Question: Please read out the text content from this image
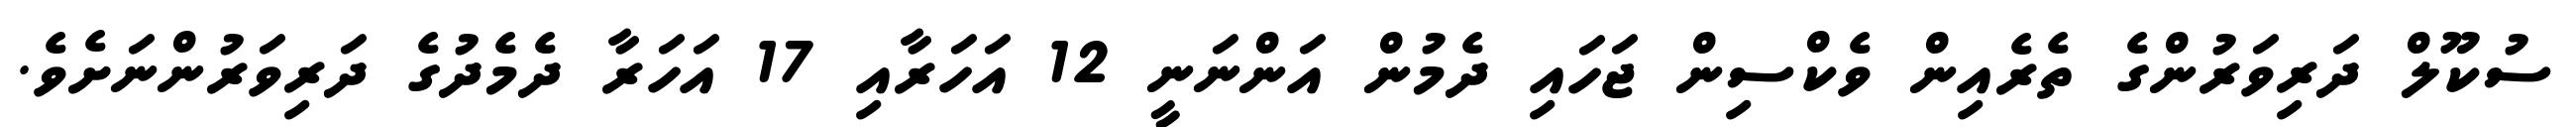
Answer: ސުކޫލް ދަރިވަރުންގެ ތެރެއިން ވެކްސިން ޖަހައި ދެމުން އަންނަނީ 12 އަހަރާއި 17 އަހަރާ ދެމެދުގެ ދަރިވަރުންނަށެވެ.